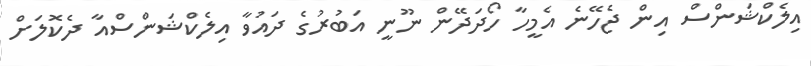
އިލެކްޝަންސް އިން ޖެހޭނެ އެމީހާ ހޯދަދޭން ނޫނީ އަބުރުގެ ދައުވާ އިލެކްޝަންސްއާ ދެކޮލަށް